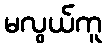
မလွယ်ကူ